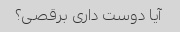
آیا دوست داری برقصی؟